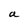
Character: a